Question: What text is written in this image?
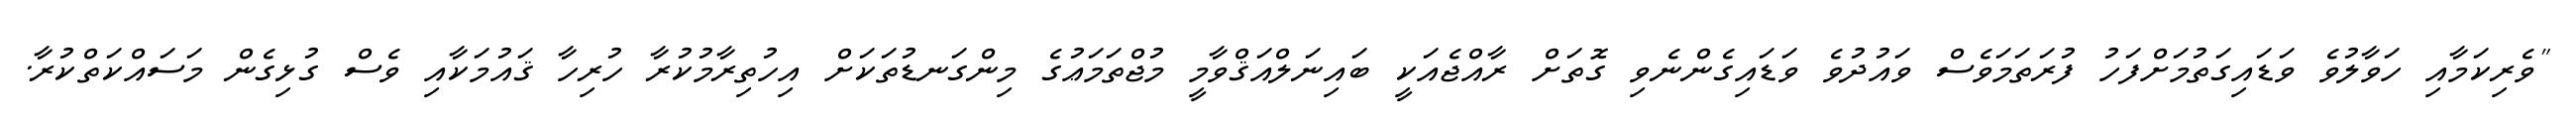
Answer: "ވެރިކަމާއި ހަވާލުވެ ވަޑައިގަތުމަށްފަހު ފުރަތަމަވެސް ވައުދުވެ ވަޑައިގެންނެވި ގޮތަށް ރާއްޖެއަކީ ބައިނަލްއަޤްވާމީ މުޖްތަމަޢުގެ މިންގަނޑުތަކަށް އިހުތިރާމުކުރާ ހުރިހާ ޤައުމަކާއި ވެސް ގުޅިގެން މަސައްކަތްކުރާ.